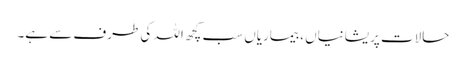
حالات پریشانیاں ، بیماریاں سب کچھ اللہ کی طرف سے ہے۔